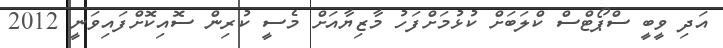
އަދި ވީބީ ސްޕޯޓްސް ކްލަބަށް ކުޅުމަށްފަހު މާޒިޔާއަށް މެސީ ކުރިން ސޮއިކޮށްފައިވަނީ 2012